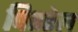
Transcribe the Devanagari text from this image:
पितरेल